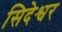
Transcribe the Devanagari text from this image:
सिदेश्वर